Civil Veterinary Dept. Bombay admin report 1932-41 - 1932-1941
Year: 1932
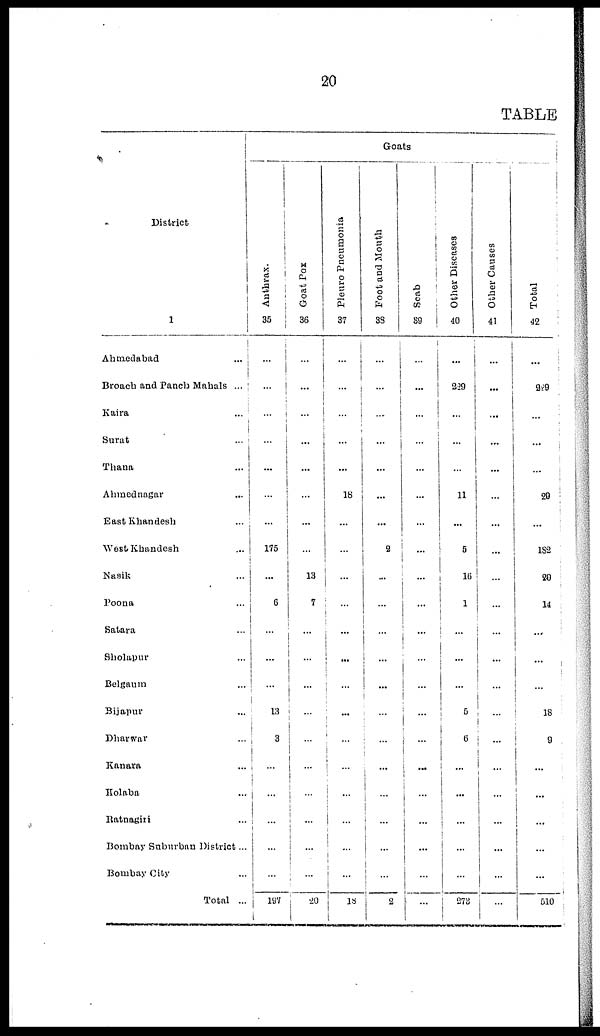
20
TABLE
District
1
Ahmedabad
...
Broach and Panch Mahals ...
Kaira ...
Surat ...
Thana ...
Ahmednagar ...
East Khandesh ...
West Khandesh ...
Nasik ...
Poona ...
Satara ...
Sholapur ...
Belgaum ...
Bijapur ...
Dharwar ...
Kanara ...
Kolaba ...
Ratnagiri ...
Bombay Suburban District ...
Bombay City ...
Total ...
Goats
Anthrax.
35
...
...
...
...
...
...
...
175
...
6
...
...
...
13
3
...
...
...
...
...
197
Goat Pox
36
...
...
...
...
...
...
...
...
13
7
...
...
...
...
...
...
...
...
...
...
20
Pleuro Pneumonia
37
...
...
...
...
...
18
...
...
...
...
...
...
...
...
...
...
...
...
...
...
18
Foot and Mouth
38
...
...
...
...
...
...
...
2
...
...
...
...
...
...
...
...
...
...
...
...
2
Scab
39
...
...
...
...
...
...
...
...
...
...
...
...
...
...
...
...
...
...
...
...
...
Other Diseases
40
...
229
...
...
...
11
...
5
16
1
...
...
...
5
6
...
...
...
...
...
273
Other Causes
41
...
...
...
...
...
...
...
...
...
...
...
...
...
...
...
...
...
...
...
...
...
Tot al
42
...
329
...
...
...
29
...
182
20
14
...
...
...
18
9
...
...
...
...
...
510